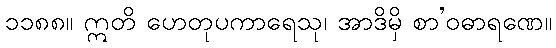
၁၁၈၈။ ဣတိ ဟေတုပကာရေသု၊ အာဒိမှိ စာ’ဝဓာရဏေ။